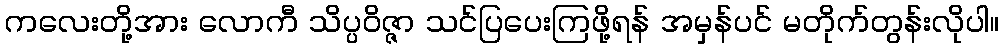
ကလေးတို့အား လောကီ သိပ္ပဝိဇ္ဇာ သင်ပြပေးကြဖို့ရန် အမှန်ပင် မတိုက်တွန်းလိုပါ။